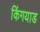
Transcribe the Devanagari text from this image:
किंगयाड